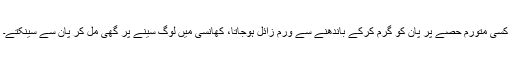
کسی متورم حصے پر پان کو گرم کرکے باندھنے سے ورم زائل ہوجاتا، کھانسی میں لوگ سینے پر گھی مَل کر پان سے سینکتے۔